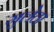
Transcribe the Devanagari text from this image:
मुलेठा